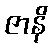
ဇာနိ